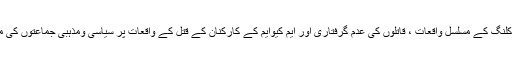
انتخابی سرگرمیوں میں مصروف ایم کیوایم کے ذمہ داروں ،کارکنوں اور ہمدردوں کی ٹارگٹ کلنگ کے مسلسل واقعات ، قاتلوں کی عدم گرفتاری اور ایم کیوایم کے کارکنان کے قتل کے واقعات پر سیاسی ومذہبی جماعتوں کی مجرمانہ خاموشی سے ملک بھرکے حق پرست عوام میں شدید غم وغصہ دیکھنے میں آرہا ہے۔